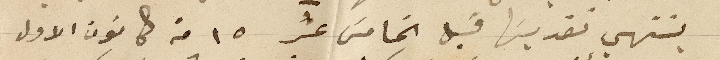
ينتهي تقديسها قبل الخامس عشر ١٥ من كانون الأول